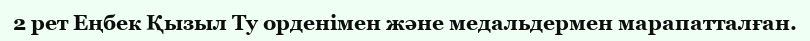
2 рет Еңбек Қызыл Ту орденімен және медальдермен марапатталған.